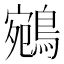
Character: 鵷